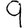
Digit: 9